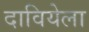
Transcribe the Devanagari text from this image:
दावियेला